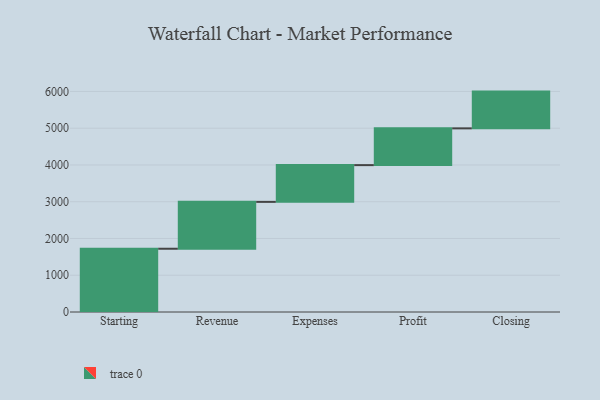
{"axis": {"x": "Step", "y": "Value"}, "legend": [""], "data": [{"x": "Starting", "y": 1721.0, "type": ""}, {"x": "Revenue", "y": 1275.0, "type": ""}, {"x": "Expenses", "y": 1000, "type": ""}, {"x": "Profit", "y": 1000, "type": ""}, {"x": "Closing", "y": 1000, "type": ""}]}